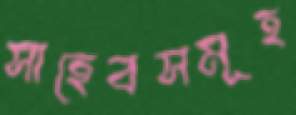
সাহেবসমূহ